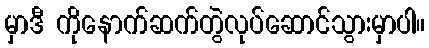
မှာဒီ ကိုနောက်ဆက်တွဲလုပ်ဆောင်သွားမှာပါ။